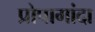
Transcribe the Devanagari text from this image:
प्रोपागांदा